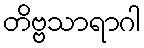
တိဗ္ဗသာရာဂါ